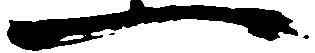
一